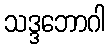
သဒ္ဒဘောဂါ